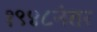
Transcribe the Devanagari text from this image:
१९४८नंतर